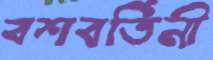
বশবর্তিনী